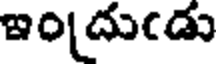
ఇందుఁడు